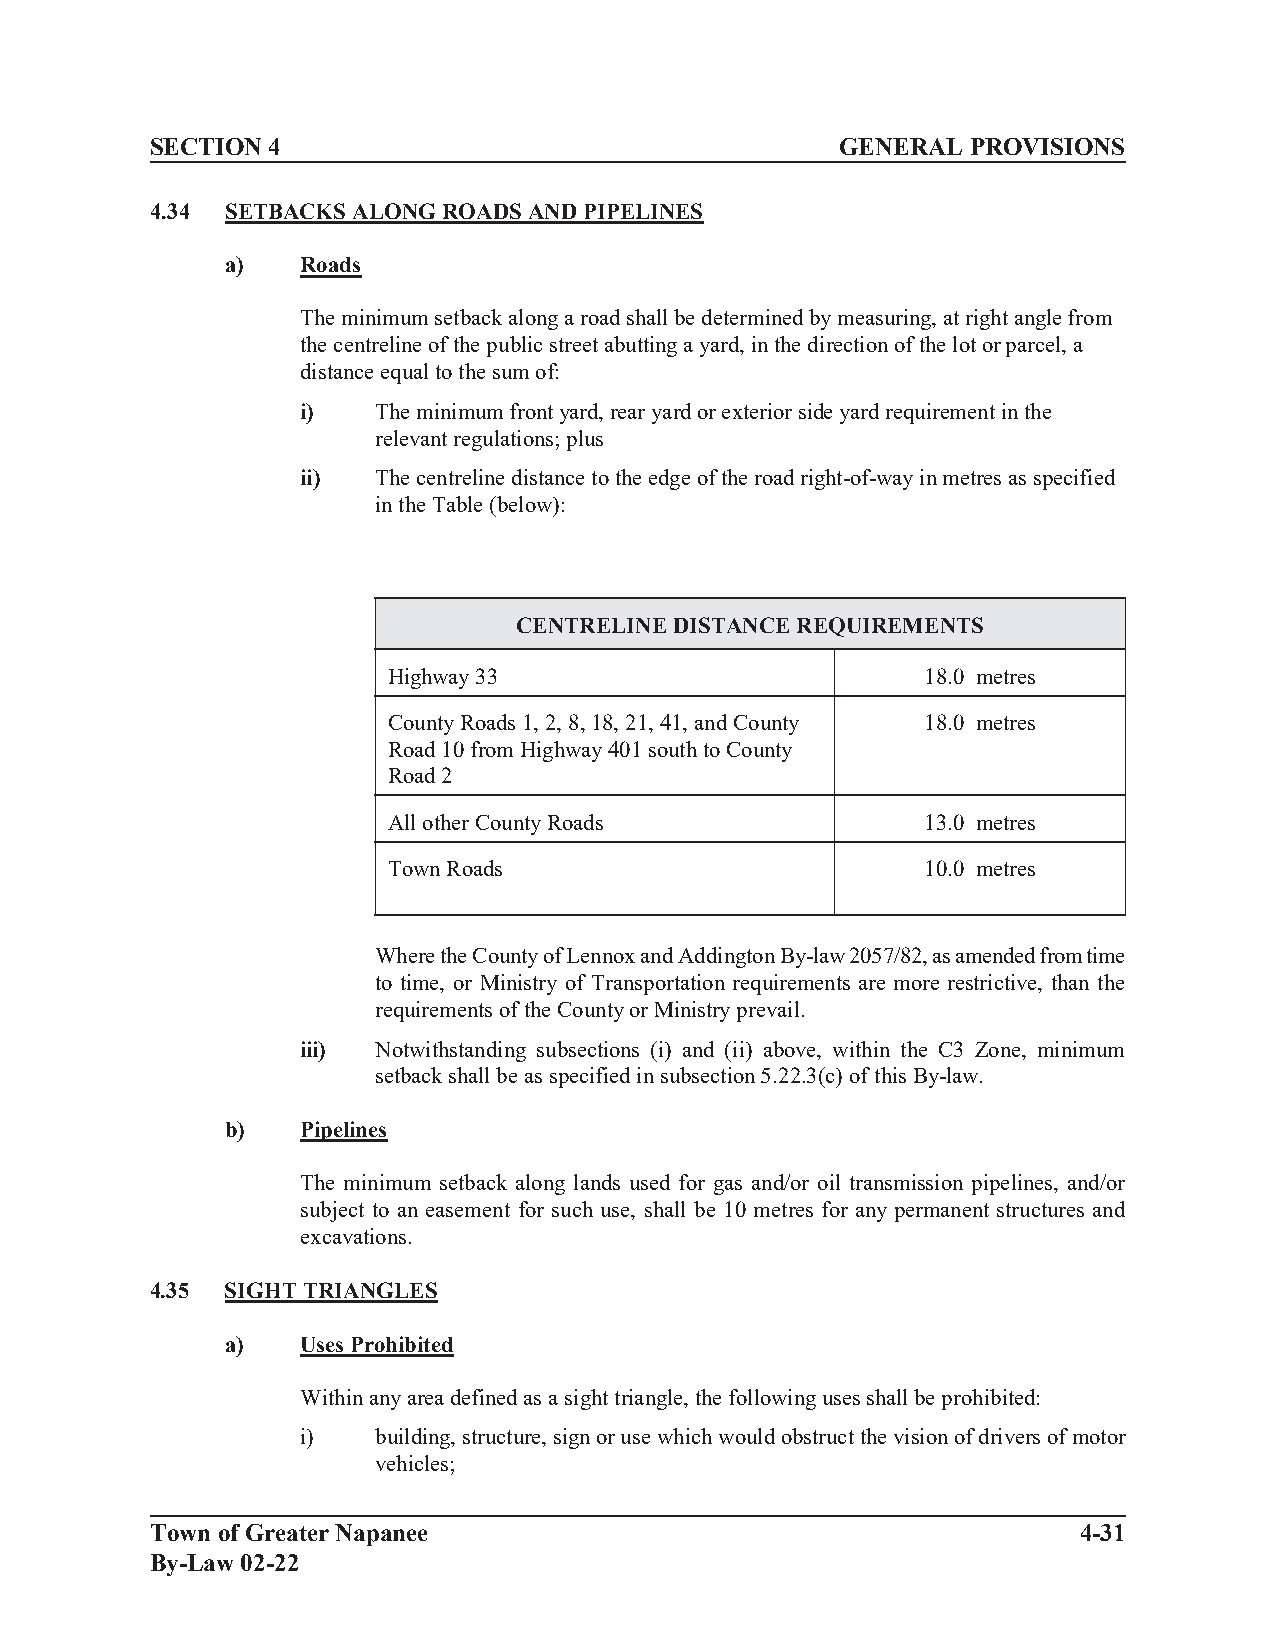
SECTION 4                                     GENERAL PROVISIONS
 4.34 SETBACKS ALONG ROADS AND PIPELINES
 a)   Roads
 The minimum setback along a road shall be determined by measuring, at right angle from
 the centreline of the public street abutting a yard, in the direction of the lot or parcel, a
 distance equal to the sum of:
 i)   The minimum front yard, rear yard or exterior side yard requirement in the
 relevant regulations; plus
 ii)  The centreline distance to the edge of the road right-of-way in metres as specified
 in the Table (below):
 CENTRELINE DISTANCE REQUIREMENTS
 Highway 33                         18.0 metres
 County Roads 1, 2, 8, 18, 21, 41, and County 18.0 metres
 Road 10 from Highway 401 south to County
 Road 2
 All other County Roads             13.0 metres
 Town Roads                         10.0 metres
 Where the County of Lennox and Addington By-law 2057/82, as amended from time
 to time, or Ministry of Transportation requirements are more restrictive, than the
 requirements of the County or Ministry prevail.
 iii) Notwithstanding subsections (i) and (ii) above, within the C3 Zone, minimum
 setback shall be as specified in subsection 5.22.3(c) of this By-law.
 b)   Pipelines
 The minimum setback along lands used for gas and/or oil transmission pipelines, and/or
 subject to an easement for such use, shall be 10 metres for any permanent structures and
 excavations.
 4.35 SIGHT TRIANGLES
 a)   Uses Prohibited
 Within any area defined as a sight triangle, the following uses shall be prohibited:
 i)   building, structure, sign or use which would obstruct the vision of drivers of motor
 vehicles;
 Town of Greater Napanee                                      4-31
 By-Law 02-22